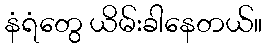
နံရံတွေ ယိမ်းခါနေတယ်။